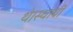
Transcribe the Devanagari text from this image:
थे।स्थायी